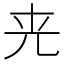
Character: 𠒀